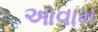
આવામ